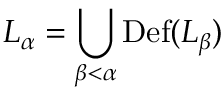
L _ { \alpha } = \bigcup _ { \beta < \alpha } \operatorname { D e f } ( L _ { \beta } )